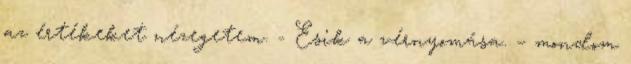
az értékeket nézegetem. - Esik a vérnyomása. – mondom